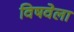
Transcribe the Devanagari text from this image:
विषवेला